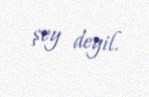
şey deyil.